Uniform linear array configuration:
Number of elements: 48
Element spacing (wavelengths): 0.5
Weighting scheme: hann
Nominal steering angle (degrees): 0
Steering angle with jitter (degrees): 0.1518
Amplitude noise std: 0.05
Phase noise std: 0.05

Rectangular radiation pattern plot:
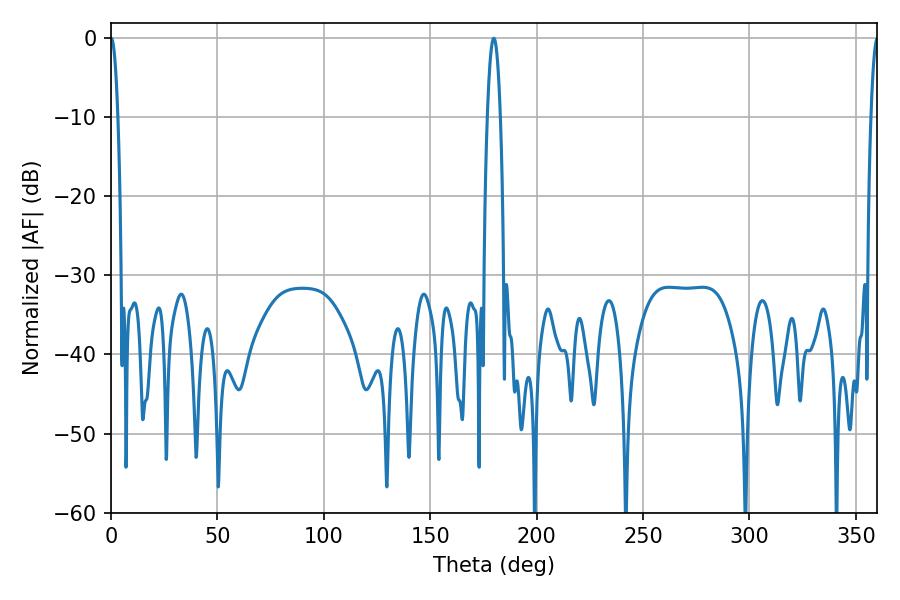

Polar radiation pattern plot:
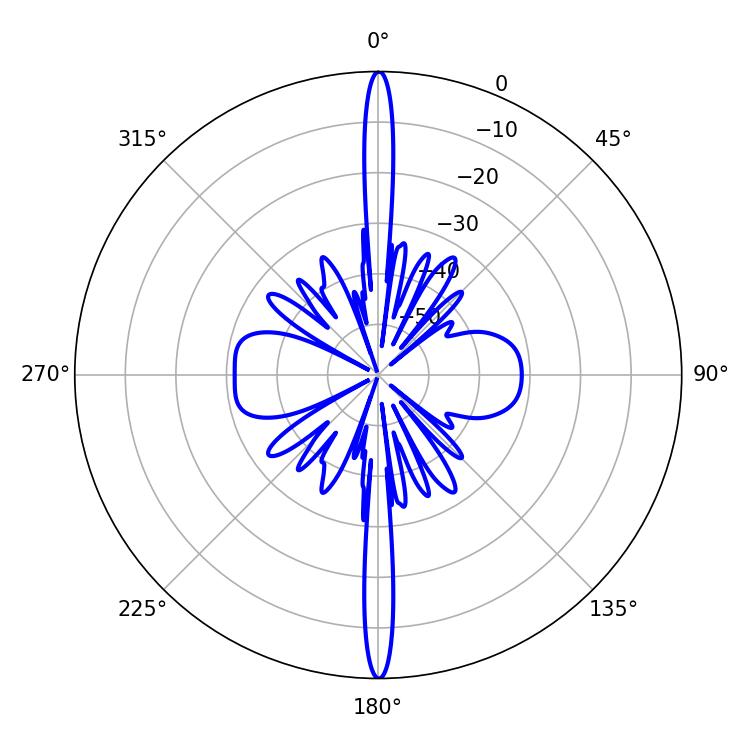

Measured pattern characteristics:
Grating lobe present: FALSE
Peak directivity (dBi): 39.506
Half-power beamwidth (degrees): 3.42
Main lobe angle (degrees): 179.82